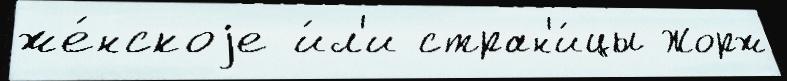
же́нскоjе и́л'и стран'и́цы Жорж